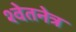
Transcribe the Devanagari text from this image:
श्वेतनेत्र